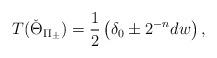
LaTeX: \begin{align*}T(\check\Theta_{\Pi_\pm})=\frac{1}{2}\left(\delta_0\pm 2^{-n}dw\right),\end{align*}